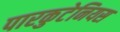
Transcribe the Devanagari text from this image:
पारकुटेनियस